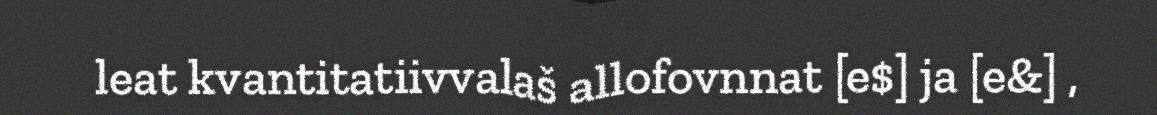
leat kvantitatiivvalaš allofovnnat [e$] ja [e&] ,